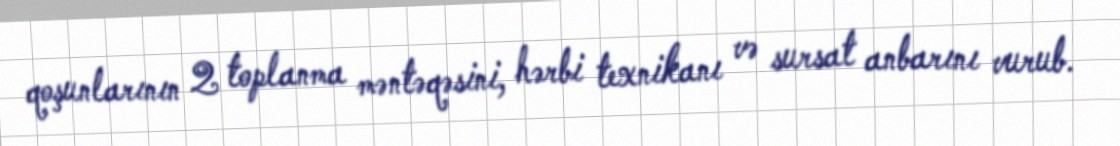
qoşunlarının 2 toplanma məntəqəsini, hərbi texnikanı və sursat anbarını vurub.